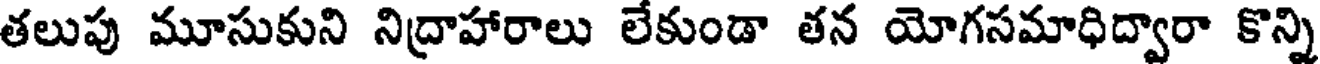
తలుపు మూసుకుని నిద్రాహారాలు లేకుండా తన యోగసమాధిద్వారా కొన్ని